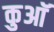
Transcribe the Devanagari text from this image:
कुआॅ